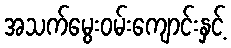
အသက်မွေးဝမ်းကျောင်းနှင့်